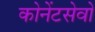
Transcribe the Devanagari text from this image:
कोनेंटसेवो